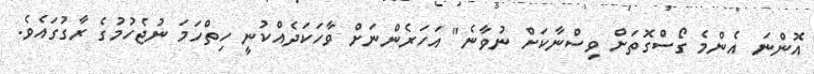
އޮންނަ އެންމެ ގޯސްގޮތަށް ވިސްނާކަށް ނުވާނެ" އަހަރެންނަށް ވާހަކަދެއްކުނީ ހިތްހަމަ ނުޖެހުމުގެ ރާގުގައެވެ.